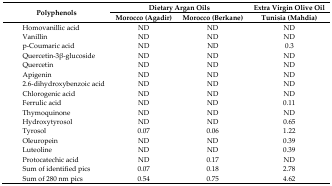
| <ROWSPAN=2> Polyphenols | <COLSPAN=2> Dietary Argan Oils | Extra Virgin Olive Oil |
 | Morocco (Agadir) | Morocco (Berkane) | Tunisia (Mahdia) |
 | --- | --- | --- | --- |
 | Homovanillic acid | ND | ND | ND |
 | Vanillin | ND | ND | ND |
 | p-Coumaric acid | ND | ND | 0.3 |
 | Quercetin-3β-glucoside | ND | ND | ND |
 | Quercetin | ND | ND | ND |
 | Apigenin | ND | ND | ND |
 | 2.6-dihydroxybenzoic acid | ND | ND | ND |
 | Chlorogenic acid | ND | ND | ND |
 | Ferrulic acid | ND | ND | 0.11 |
 | Thymoquinone | ND | ND | ND |
 | Hydroxytyrosol | ND | ND | 0.65 |
 | Tyrosol | 0.07 | 0.06 | 1.22 |
 | Oleuropein | ND | ND | 0.39 |
 | Luteoline | ND | ND | 0.39 |
 | Protocatechic acid | ND | 0.17 | ND |
 | Sum of identified pics | 0.07 | 0.18 | 2.78 |
 | Sum of 280 nm pics | 0.54 | 0.75 | 4.62 |